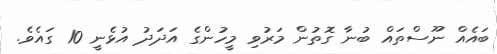
ބައެއް ނޫސްތައް ބުނާ ގޮތުން މަރުވި މީހުންގެ އަދަދު އުޅެނީ 10 ގައެވެ.